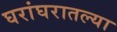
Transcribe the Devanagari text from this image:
घरांघरातल्या